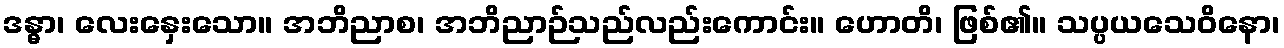
ဒန္ဓာ၊ လေးနှေးသော။ အဘိညာစ၊ အဘိညာဉ်သည်လည်းကောင်း။ ဟောတိ၊ ဖြစ်၏။ သပ္ပယသေဝိနော၊